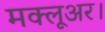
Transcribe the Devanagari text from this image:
मक्लूअर।